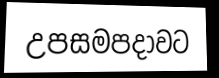
උපසමපදාවට